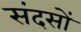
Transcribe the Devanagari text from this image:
संदसों